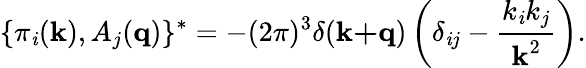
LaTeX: \{ \pi_{\mathit{i}}(\textbf{{k}}),A_{j}(\textbf{{q}})\} ^{*}=-(2\pi)^{3}\delta(\textbf{{k+q}})\left(\delta_{\mathit{i}j}-\frac{{k_{\mathit{i}}k_{j}}}{{\textbf{{k}}^{2}}}\right).